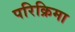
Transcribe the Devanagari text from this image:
परिक्रिमा